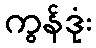
ကွန်ဒုံး